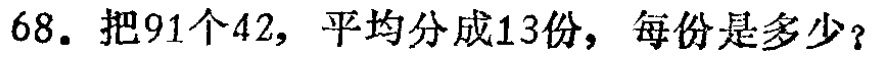
68. 把91个42，平均分成13份，每份是多少？